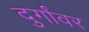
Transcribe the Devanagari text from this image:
दुर्गांवर